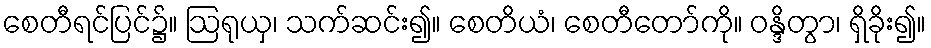
စေတီရင်ပြင်၌။ ဩရုယှ၊ သက်ဆင်း၍။ စေတိယံ၊ စေတီတော်ကို။ ဝန္ဒိတွာ၊ ရှိခိုး၍။